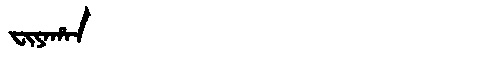
Manchu: ᠸᡳᠶᠠᡥᠠᠨ
Romanization: FIYAHAN